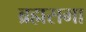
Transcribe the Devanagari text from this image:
ब्रह्मसमा